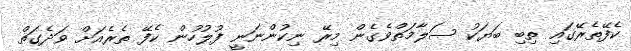
ކެފޭތެރޭގައި ތިބި ބަޔަކު ސަލާމަތްވެގެން މިރޭ ނިކުންނަނީ ފުލުހުން ކެފޭ ތެރެއަށް ވަދެގަތް